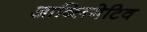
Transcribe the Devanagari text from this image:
आब्लिगेटिव